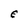
Character: E